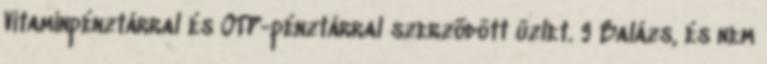
Vitaminpénztárral és OTP-pénztárral szerzõdött üzlet. 9 Balázs, és nem